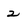
Character: 2